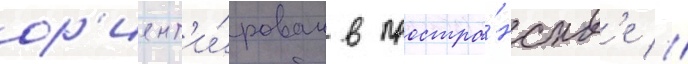
ор'иент'и́рован в простра́нств'е //